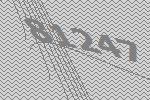
81247